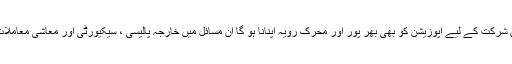
اس مشاورت میں شرکت کے لیے اپوزیشن کو بھی بھر پور اور محرک رویہ اپنانا ہو گا ان مسائل میں خارجہ پالیسی ، سیکیورٹی اور معاشی معاملات شامل ہوں گے۔